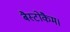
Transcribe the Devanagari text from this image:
बैस्टोकैम।